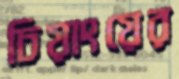
চিয়াংয়ের